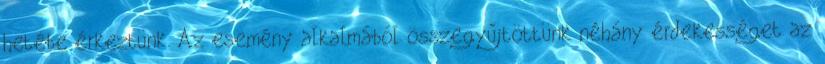
hetébe érkeztünk. Az esemény alkalmából összegyűjtöttünk néhány érdekességet az